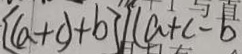
[ ( a + c ) + b ] \vert ( a + c - b